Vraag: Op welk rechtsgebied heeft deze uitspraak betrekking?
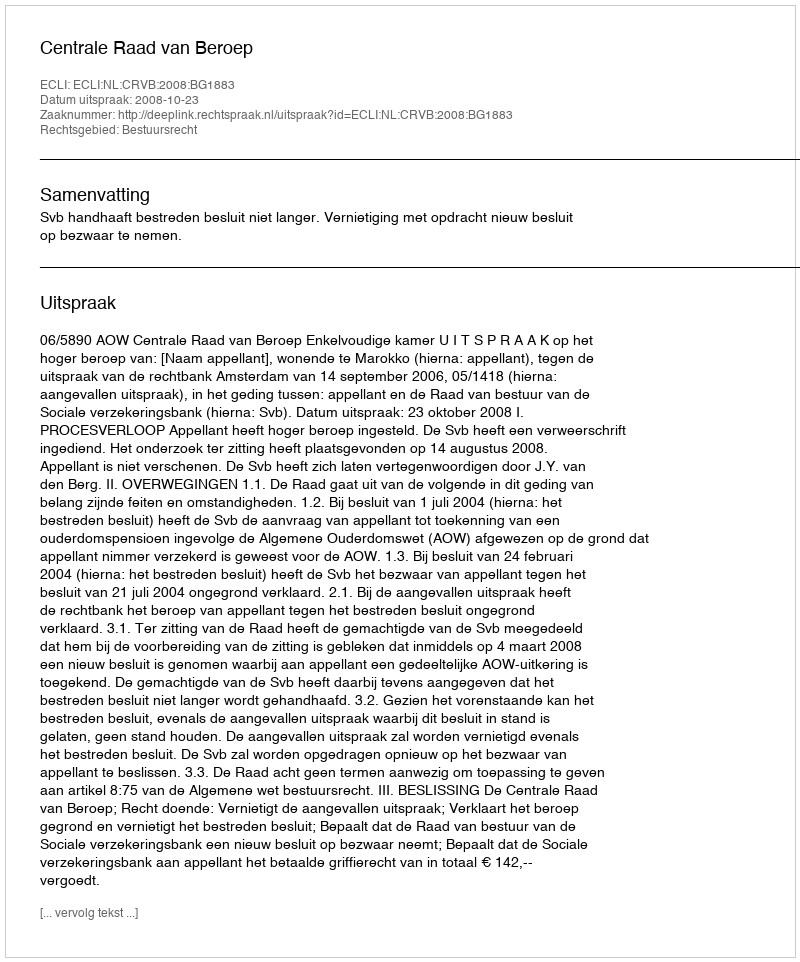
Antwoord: Bestuursrecht